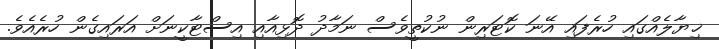
ޚިޔާލެއްގައި ހުރެފައި އޭނަ ކޮޓަރިން ނުކުތީވެސް ނަމާދު ދޮޅިއާއި އިސްޓާކީނަށް އަރައިގެން ހުރެއެވެ.